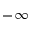
- \infty